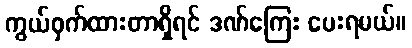
ကွယ်ဝှက်ထားတာရှိရင် ဒဏ်ကြေး ပေးရမယ်။